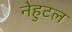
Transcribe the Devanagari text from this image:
नेहुटल